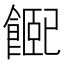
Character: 𩝮